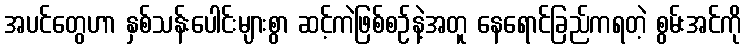
အပင်တွေဟာ နှစ်သန်းပေါင်းများစွာ ဆင့်ကဲဖြစ်စဉ်နဲ့အတူ နေရောင်ခြည်ကရတဲ့ စွမ်းအင်ကို